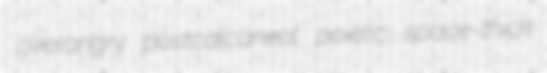
overangry postcalcaneal poietic space-thick